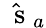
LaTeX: \hat{\mathrm{~\mathbf~s~}}_{a}